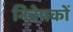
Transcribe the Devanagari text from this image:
निवेषकों